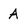
Character: A